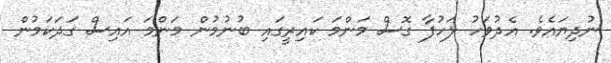
ނުދިޔައެވެ. އެދުވަހު ލަހުފާ ގޮސް މަންމަ ކައިރީގައި ބުނުމުން މަންމަ އައިސް ގަދަކަމުން